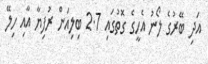
އަދި ބޭރުގެ ލޯނު އެހީގެ ގޮތުގައި 2.7 ބިލިއަން ރުފިޔާ އާއި ހިލޭ